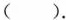
（）.